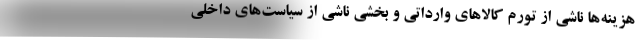
هزینه‌ها ناشی از تورم کالاهای وارداتی و بخشی ناشی از سیاست‌های داخلی